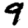
Digit: 9